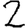
Digit: 2